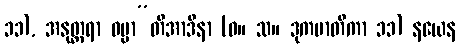
၁၁), အနုတ္တရာ ဓမ္မာ”တိအာဒိနာ (ဓ။ သ။ ဒုကမာတိကာ ၁၁) နယေန